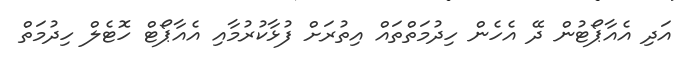
އަދި އެއާޕޯޓުން ދޭ އެހެން ހިދުމަތްތައް އިތުރަށް ފުޅާކުރުމާއި އެއާޕޯޓް ހޮޓެލް ހިދުމަތް